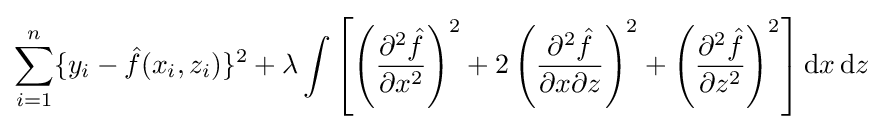
\sum _{i=1}^{n}\{y_{i}-{\hat {f}}(x_{i},z_{i})\}^{2}+\lambda \int \left[\left({\frac {\partial ^{2}{\hat {f}}}{\partial x^{2}}}\right)^{2}+2\left({\frac {\partial ^{2}{\hat {f}}}{\partial x\partial z}}\right)^{2}+\left({\frac {\partial ^{2}{\hat {f}}}{\partial z^{2}}}\right)^{2}\right]{\textrm {d}}x\,{\textrm {d}}z